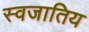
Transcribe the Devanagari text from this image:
स्वजातिय